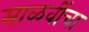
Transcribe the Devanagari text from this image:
साळवींचा